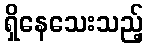
ရှိနေသေးသည့်